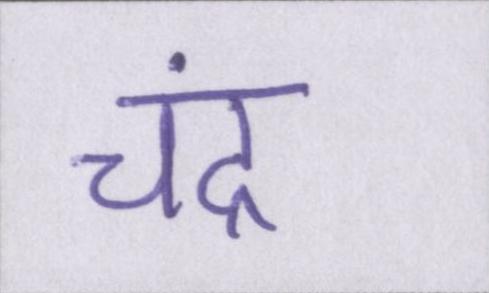
चंद्र